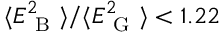
\langle E _ { \mathrm { ~ B ~ } } ^ { 2 } \rangle / \langle E _ { \mathrm { ~ G ~ } } ^ { 2 } \rangle < 1 . 2 2